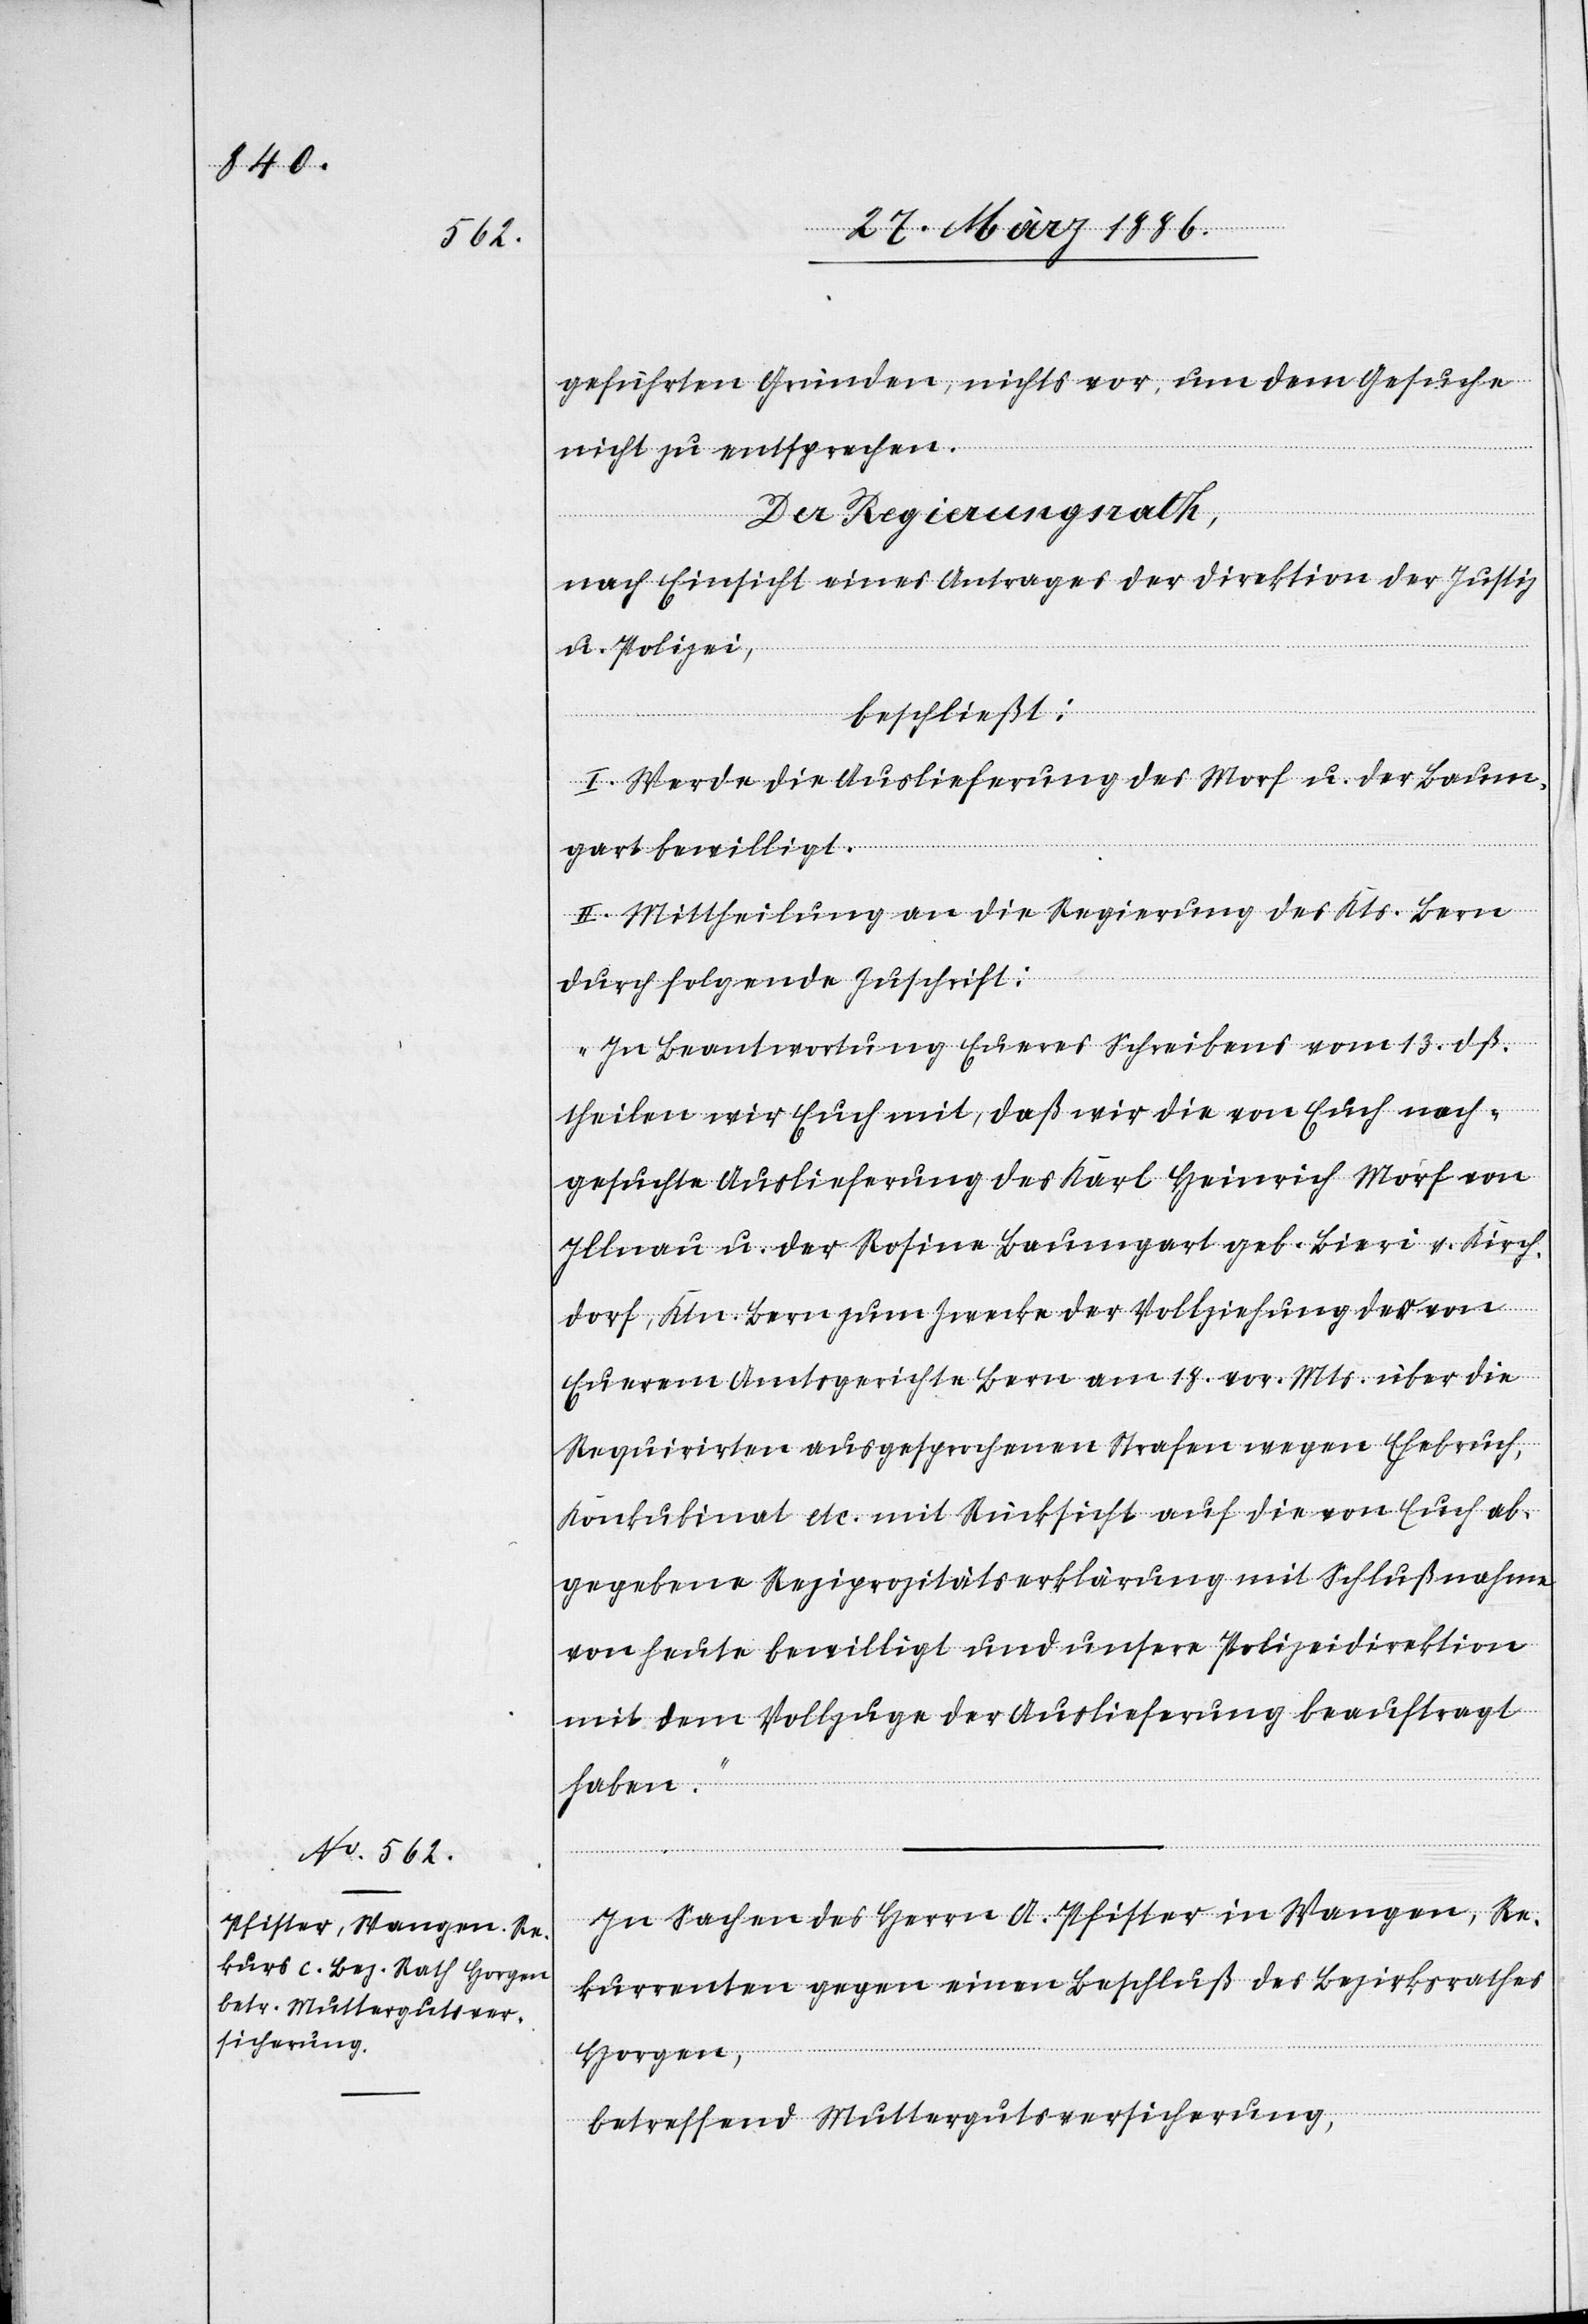
geführten Gründe, nichts vor, um dem Gesuche
nicht zu entsprechen.
Der Regierungsrath,
nach Einsicht eines Antrages der Direktion der Justiz
u. Polizei,
beschließt:
I. Werde die Auslieferung des Morf u. der Baum¬
gart bewilligt.
II. Mittheilung an die Regierung des Kts. Bern
durch folgende Zuschrift:
„In Beantwortung Eueres Schreibens vom 13. dß.
theilen wir Euch mit, daß wir die von Euch nach¬
gesuchte Auslieferung des Karl Heinrich Morf von
Illnau u. der Rosine Baumgart geb. Bieri v. Kirch¬
dorf, Ktn. Bern zum Zwecke der Vollziehung des von
Euerem Amtsgerichte Bern am 18. vor. Mts. über die
Requirirten ausgesprochenen Strafen wegen Ehebruch,
Konkubinat etc. mit Rücksicht auf die von Euch ab¬
gegebene Reziprozitätserklärung mit Schlußnahme
von heute bewilligt und unsere Polizeidirektion
mit dem Vollzuge der Auslieferung beauftragt
haben.“
In Sachen des Herrn A. Pfister in Wangen, Re¬
kurrenten gegen einen Beschluß des Bezirksrathes
Horgen,
betreffend Muttergutsversicherung,